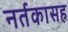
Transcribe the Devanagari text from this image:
नर्तकासह